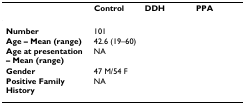
<table><thead><tr><td>[EMPTY_CELL]</td><td><b>Control</b></td><td><b>DDH</b></td><td><b>PPA</b></td></tr></thead><tbody><tr><td><b>Number</b></td><td>101</td><td>[EMPTY_CELL]</td><td>[EMPTY_CELL]</td></tr><tr><td><b>Age – Mean (range)</b></td><td>42.6 (19–60)</td><td>[EMPTY_CELL]</td><td>[EMPTY_CELL]</td></tr><tr><td><b>Age at presentation – Mean (range)</b></td><td>NA</td><td>[EMPTY_CELL]</td><td>[EMPTY_CELL]</td></tr><tr><td><b>Gender</b></td><td>47 M/54 F</td><td>[EMPTY_CELL]</td><td>[EMPTY_CELL]</td></tr><tr><td><b>Positive Family History</b></td><td>NA</td><td>[EMPTY_CELL]</td><td>[EMPTY_CELL]</td></tr></tbody></table>